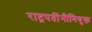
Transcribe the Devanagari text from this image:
राष्ट्रपतींनीनियुक्त